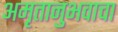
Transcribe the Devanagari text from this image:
अमृतानुभवाचा